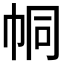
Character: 𢂓